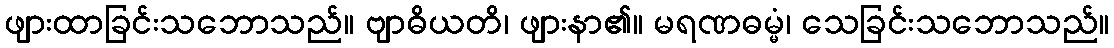
ဖျားထာခြင်းသဘောသည်။ ဗျာဓိယတိ၊ ဖျားနာ၏။ မရဏဓမ္မံ၊ သေခြင်းသဘောသည်။